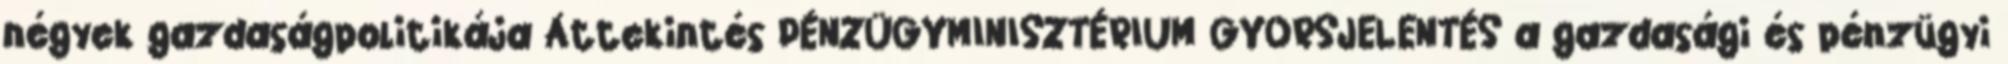
négyek gazdaságpolitikája Áttekintés PÉNZÜGYMINISZTÉRIUM GYORSJELENTÉS a gazdasági és pénzügyi